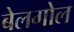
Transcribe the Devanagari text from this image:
बेलगोल